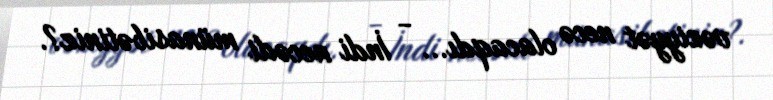
vəziyyət necə olacaqdı... - İndi necədi münasibətiniz?.